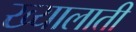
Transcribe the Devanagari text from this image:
ख्यालाती